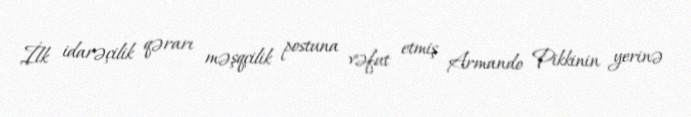
İlk idarəçilik qərarı məşqçilik postuna vəfat etmiş Armando Pikkinin yerinə